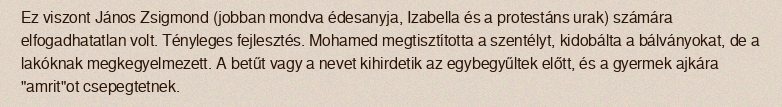
Ez viszont János Zsigmond (jobban mondva édesanyja, Izabella és a protestáns urak) számára elfogadhatatlan volt. Tényleges fejlesztés. Mohamed megtisztította a szentélyt, kidobálta a bálványokat, de a lakóknak megkegyelmezett. A betűt vagy a nevet kihirdetik az egybegyűltek előtt, és a gyermek ajkára "amrit"ot csepegtetnek.